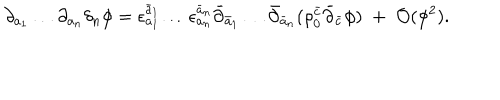
\partial _ { a _ { 1 } } \ldots \partial _ { a _ { n } } \delta _ { n } \phi = \epsilon _ { a _ { 1 } } ^ { \bar { a } _ { 1 } } \ldots \epsilon _ { a _ { n } } ^ { \bar { a } _ { n } } \bar { \partial } _ { \bar { a } _ { 1 } } \ldots \bar { \partial } _ { \bar { a } _ { n } } ( \rho _ { 0 } ^ { \bar { c } } \bar { \partial } _ { \bar { c } } \phi ) \; + \; { \cal O } ( \phi ^ { 2 } ) .